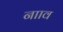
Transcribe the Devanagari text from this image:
नााव